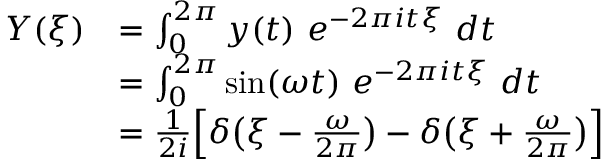
\begin{array} { r l } { Y ( \xi ) } & { = \int _ { 0 } ^ { 2 \pi } y ( t ) ~ e ^ { - 2 \pi i t \xi } ~ d t } \\ & { = \int _ { 0 } ^ { 2 \pi } \sin ( \omega t ) ~ e ^ { - 2 \pi i t \xi } ~ d t } \\ & { = \frac { 1 } { 2 i } \Big [ \delta \big ( \xi - \frac { \omega } { 2 \pi } \big ) - \delta \big ( \xi + \frac { \omega } { 2 \pi } \big ) \Big ] } \end{array}